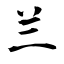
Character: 兰